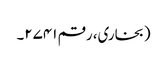
(بخاری، رقم ۲۷۴۱۔